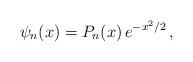
LaTeX: \begin{align*}\psi_{n}(x)=P_{n}(x)\, e^{-x^2/2} \,, \end{align*}